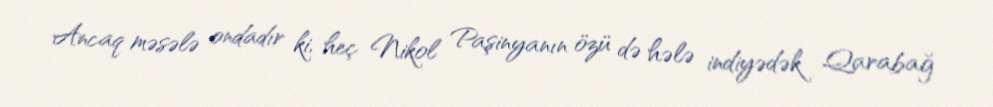
Ancaq məsələ ondadır ki, heç Nikol Paşinyanın özü də hələ indiyədək Qarabağ